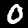
Digit: 0